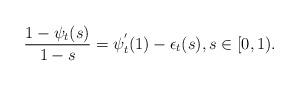
LaTeX: \begin{align*}\frac{1-\psi _t(s)}{1- s}= \psi _t^{'}(1)- \epsilon _t(s), s\in [0,1).\end{align*}